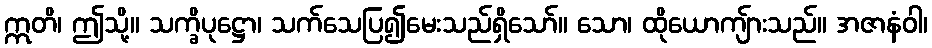
ဣတိ၊ ဤသို့။ သက္ခိပုဋ္ဌော၊ သက်သေပြ၍မေးသည်ရှိသော်။ သော၊ ထိုယောကျ်ားသည်။ အဇာနံဝါ၊